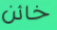
خائن